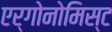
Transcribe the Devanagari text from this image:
एर्गोनोमिस्ट